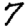
Digit: 7